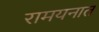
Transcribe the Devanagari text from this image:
रामयनात